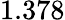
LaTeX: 1.378